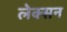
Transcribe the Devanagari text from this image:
लेक्सन